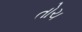
તોચ